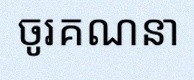
ចូរគណនា